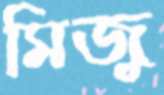
মিজু